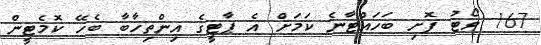
167 ވޯޓު ފޮށި ބަހައްޓާނެ ކަމަށް އެ ޕާޓީގެ އިންތިހާބާ ބެހޭ ކޮމެޓީން